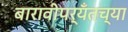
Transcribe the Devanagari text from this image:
बारावीपर्यँतच्या